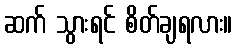
ဆက် သွားရင် စိတ်ချရလား။